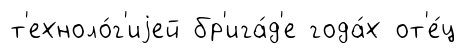
т'ехноло́г'иjей бр'ига́д'е года́х от'е́ц